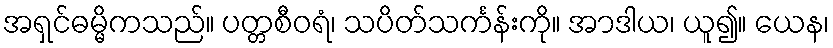
အရှင်ဓမ္မိကသည်။ ပတ္တစီဝရံ၊ သပိတ်သင်္ကန်းကို။ အာဒါယ၊ ယူ၍။ ယေန၊